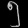
Digit: ၅